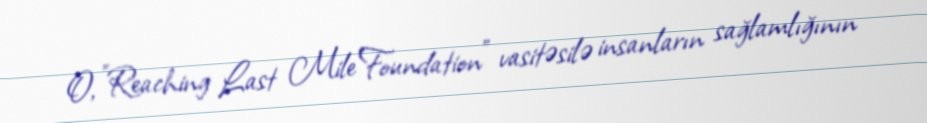
O, "Reaching Last Mile Foundation" vasitəsilə insanların sağlamlığının